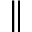
\Vert